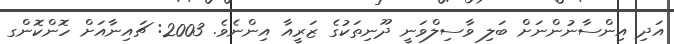
އަދި އިންސާނުންނަށް ބަލި ވާސިލްވަނީ ދޫނިތަކުގެ ޒަރީއާ އިންނެވެ. 2003: ޗައިނާއަށް ހޮންކޮންގ